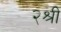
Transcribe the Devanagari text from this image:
२श्री